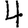
Digit: 4